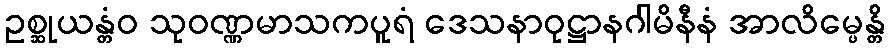
ဥစ္ဆုယန္တံဝ သုဝဏ္ဏမာသကပူရံ ဒေသနာဝုဋ္ဌာနဂါမိနီနံ အာလိမ္ပေန္တိ